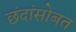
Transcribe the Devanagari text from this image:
छंदांसोबत